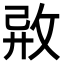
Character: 𢼷